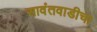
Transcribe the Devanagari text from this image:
सावंतवाडीचा